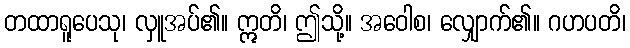
တထာရူပေသု၊ လှူအပ်၏။ ဣတိ၊ ဤသို့။ အဝေါစ၊ လျှောက်၏။ ဂဟပတိ၊